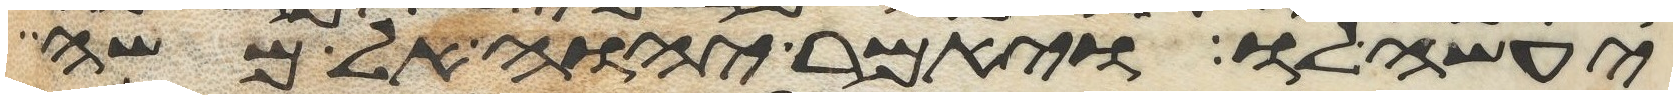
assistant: יעשה לו ויאמר יהוה אל משה